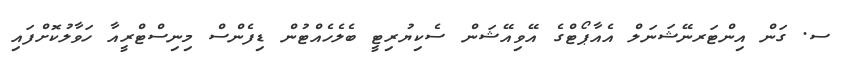
ސ. ގަން އިންޓަރނޭޝަނަލް އެއާޕޯޓްގެ އޭވިއޭޝަން ސެކިޔުރިޓީ ބެލެހެއްޓުން ޑިފެންސް މިނިސްޓްރީއާ ހަވާލުކޮށްފައި